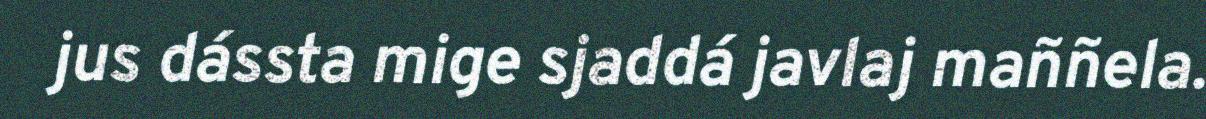
jus dássta mige sjaddá javlaj maññela.